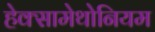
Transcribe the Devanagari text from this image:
हेक्सामेथोनियम